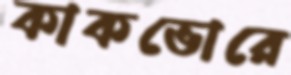
কাকভোরে